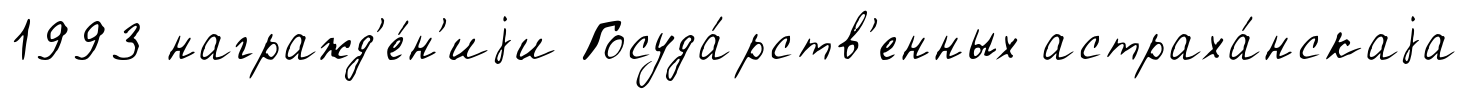
1993 награжд'е́н'иjи Госуда́рств'енных астраха́нскаjа